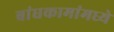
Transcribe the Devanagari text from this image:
बांधकामांमध्ये